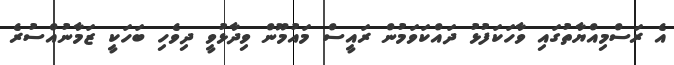
އެ ރަސްމިއްޔާތުގައި ވާހަކަފުޅު ދައްކަވަމުން ރައީސް މައުމޫން ވިދާޅުވީ ދިވެހި ބަހަކީ ޒަމާނުއްސުރެ